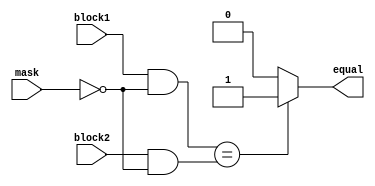
module masked_comparator (
    input [7:0] block1,
    input [7:0] block2,
    input [7:0] mask,
    output reg equal
);

reg [7:0] masked_block1;
reg [7:0] masked_block2;

always @(*) begin
    masked_block1 = block1 & ~mask;
    masked_block2 = block2 & ~mask;
    
    if (masked_block1 == masked_block2) begin
        equal = 1;
    end else begin
        equal = 0;
    end
end

endmodule